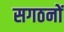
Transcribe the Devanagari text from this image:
सगठनों